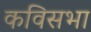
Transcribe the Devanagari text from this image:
कविसभा